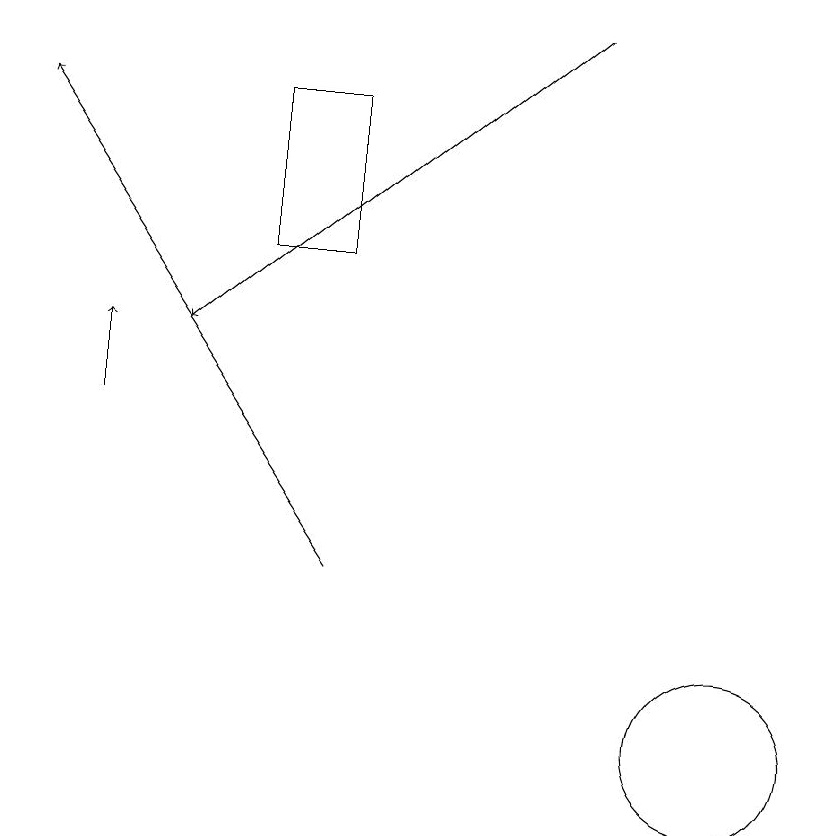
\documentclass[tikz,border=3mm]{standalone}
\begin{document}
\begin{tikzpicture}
\draw (6,18) rectangle (5,16);
\draw[->] (9,19) -- (4,15);
\draw[->] (6,12) -- (2,18);
\draw[->] (3,14) -- (3,15);
\draw (11,10) circle (1);
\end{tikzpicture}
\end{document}